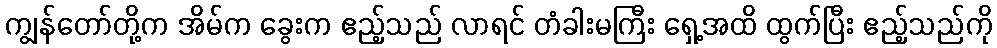
ကျွန်တော်တို့က အိမ်က ခွေးက ဧည့်သည် လာရင် တံခါးမကြီး ရှေ့အထိ ထွက်ပြီး ဧည့်သည်ကို